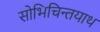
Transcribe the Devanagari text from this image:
सोभिचिन्तयाथ